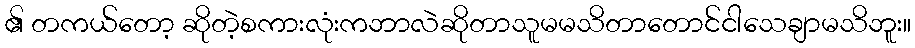
၏ တကယ်တော့ ဆိုတဲ့စကားလုံးကဘာလဲဆိုတာသူမမသိတာတောင်ငါသေချာမသိဘူး။